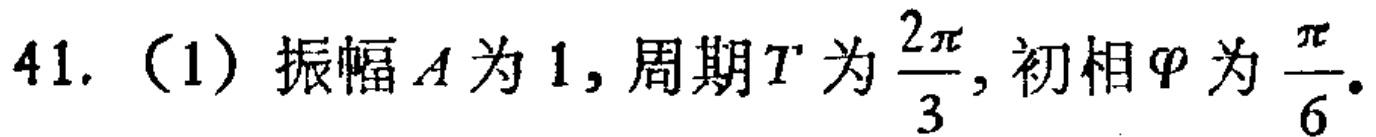
41. （1）振幅\(A\)为\(1\)，周期\(T\)为\(\frac{2\pi}{3}\)，初相\(\varphi\)为\(\frac{\pi}{6}\)。